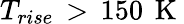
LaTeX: T_{rise}\, >\, 150\, \mathrm{~K~}